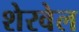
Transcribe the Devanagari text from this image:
शेरवेल